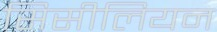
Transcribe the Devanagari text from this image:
सिसीलियन